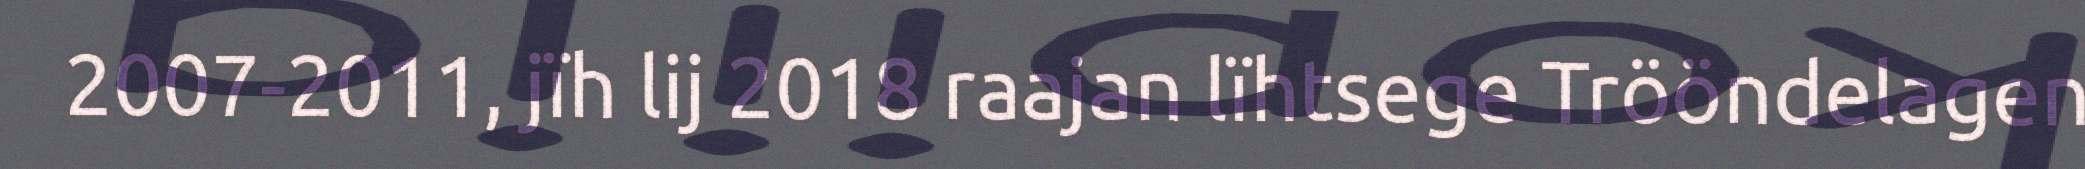
2007-2011, jïh lij 2018 raajan lïhtsege Trööndelagen